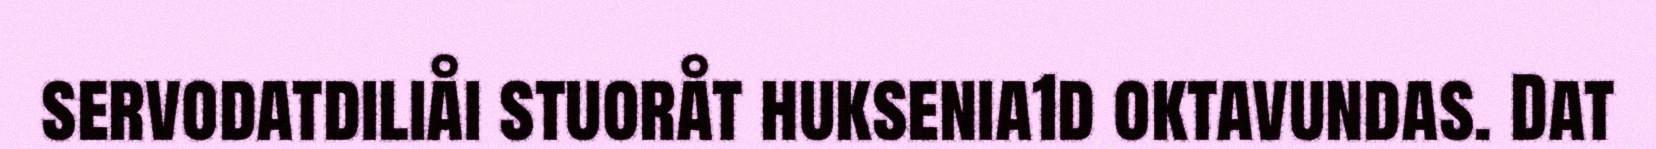
servodatdiliåi stuoråt huksenia1d oktavundas. Dat